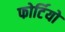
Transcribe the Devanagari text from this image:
फोर्टियो